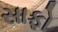
સાફો